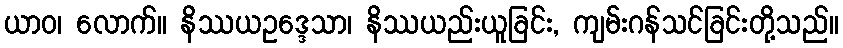
ယာဝ၊ လောက်။ နိဿယဥဒ္ဒေသာ၊ နိဿယည်းယူခြင်း, ကျမ်းဂန်သင်ခြင်းတို့သည်။